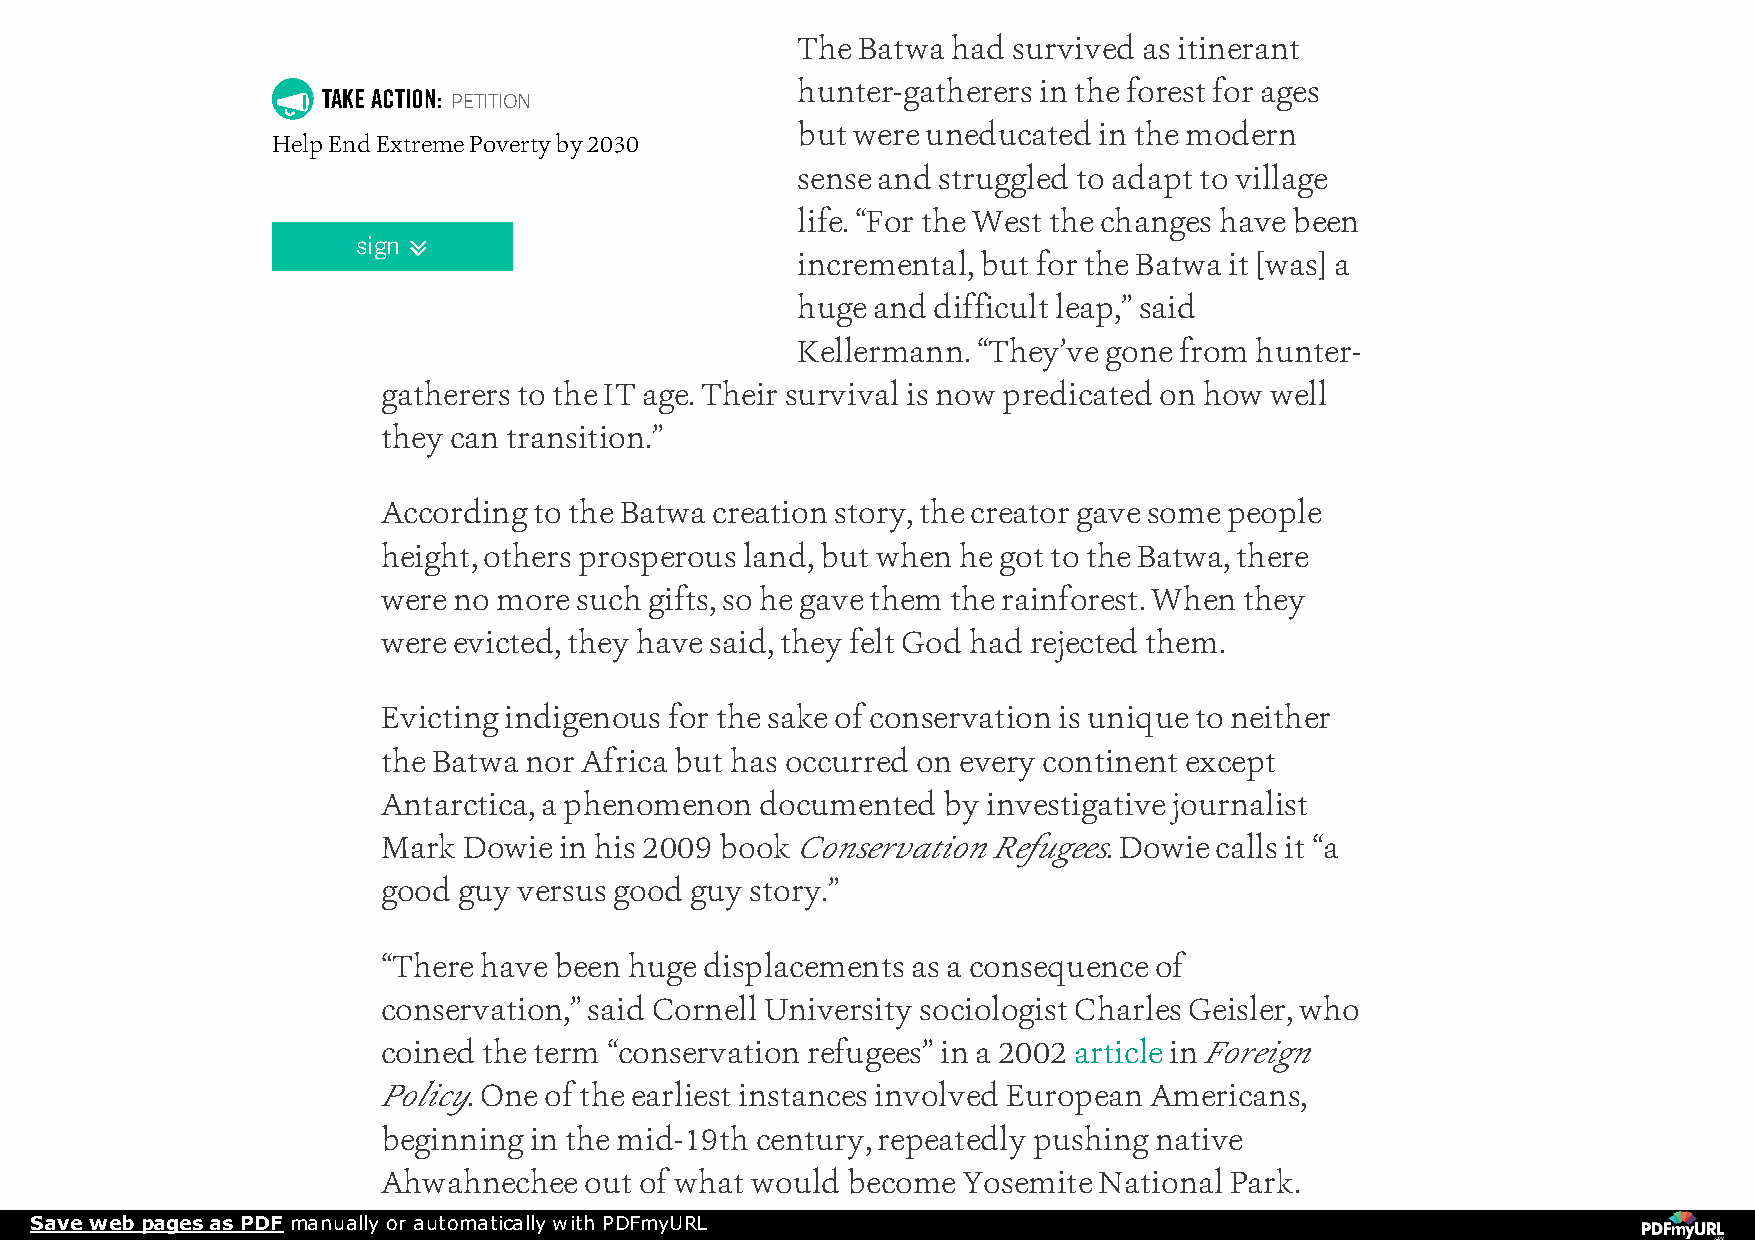
The Batwa had survived as itinerant
 hunter-gatherers in the forest for ages
   TAKE ACTION: PETITION
 but were uneducated in the modern
 Help End Extreme Poverty by 2030
 sense and struggled to adapt to village
 life. “For the West the changes have been
 sign 
 incremental, but for the Batwa it [was] a
 huge and difficult leap,” said
 Kellermann. “They’ve gone from hunter-
 gatherers to the IT age. Their survival is now predicated on how well
 they can transition.”
 According to the Batwa creation story, the creator gave some people
 height, others prosperous land, but when he got to the Batwa, there
 were no more such gifts, so he gave them the rainforest. When they
 were evicted, they have said, they felt God had rejected them.
 Evicting indigenous for the sake of conservation is unique to neither
 the Batwa nor Africa but has occurred on every continent except
 Antarctica, a phenomenon documented  by investigative journalist
 Mark  Dowie in his 2009 book Conservation Refugees. Dowie calls it “a
 good guy versus good guy story.”
 “There have been huge displacements as a consequence of
 conservation,” said Cornell University sociologist Charles Geisler, who
 coined the term “conservation refugees” in a 2002 article in Foreign
 Policy. One of the earliest instances involved European Americans,
 beginning in the mid-19th century, repeatedly pushing native
 Ahwahnechee   out of what would become Yosemite National Park.
 Save web pages as PDF manually or automatically with PDFmyURL